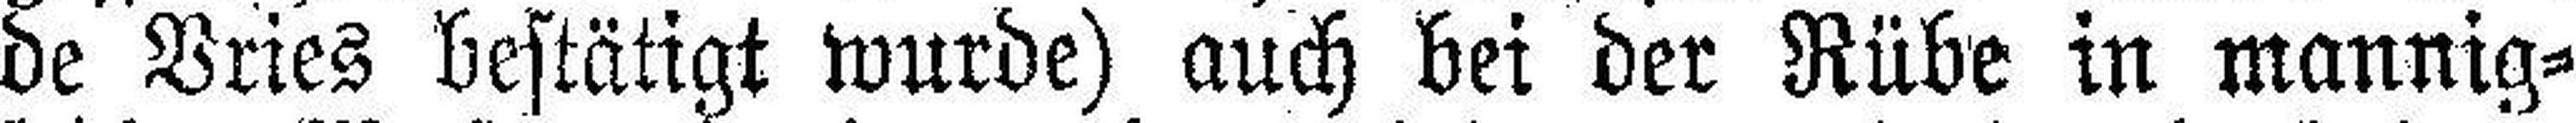
de Vries bestätigt wurde) auch bei der Rübe in mannig¬